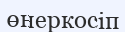
өнеркосіп